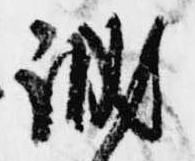
誠